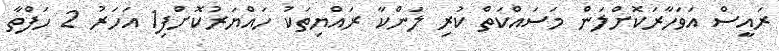
ރައީސް އަވަހާރަކޮށްލަން މަސައްކަތް ކުރި ލަންކާ ރައްޔިތަކު ހައްޔަރުކޮށްފި1 އަހަރު 2 ހަފްތާ